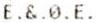
E.&.0.E.